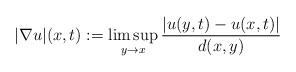
LaTeX: \begin{align*}|\nabla u|(x, t) := \limsup_{y \to x} \frac{|u(y, t)-u(x, t)|}{d(x, y)}\end{align*}